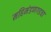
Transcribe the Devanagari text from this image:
महिमंडणगडचा